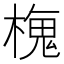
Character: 𬄒